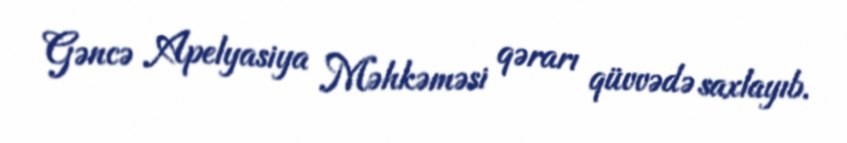
Gəncə Apelyasiya Məhkəməsi qərarı qüvvədə saxlayıb.